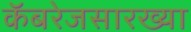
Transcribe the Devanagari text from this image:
कॅबरेजसारख्या